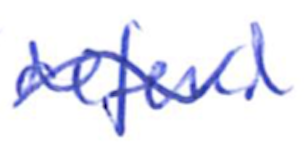
Text: defend
Cross-out: wave
Writing tool: ballpoint